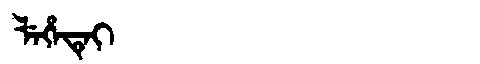
Manchu: ᠯᡝᡥᡝᡨᡝᡳ
Romanization: LEHETEI